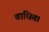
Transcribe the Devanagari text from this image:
बाधित।